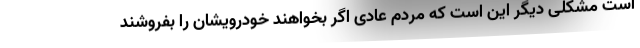
است مشکلی دیگر این است که مردم عادی اگر بخواهند خودرویشان را بفروشند